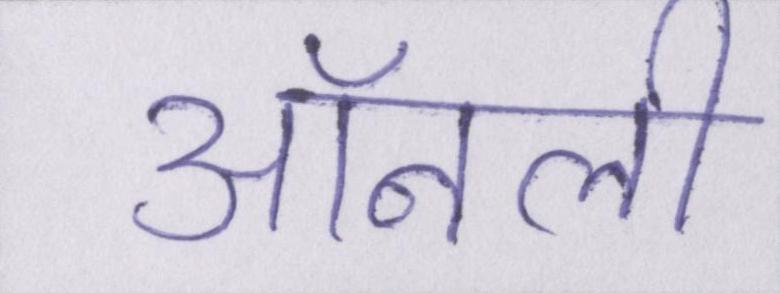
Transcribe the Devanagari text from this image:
ऑनली